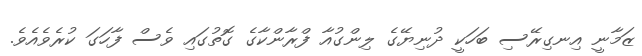
ޒަމާނީ އިނގިރޭސި ބަހަކީ ދުނިޔޭގެ ލިންގުއާ ފްރާންކާގެ ގޮތުގައި ވެސް ފާހަގަ ކުރެވެއެވެ.